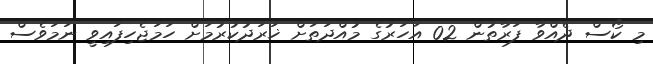
މި ކޯސް ދެއްވާ ފަރާތުން 02 އަހަރުގެ މުއްދަތަށް ޚަރަދުކުރުމަށް ހަމަޖެހިފައިވީ ނަމަވެސް